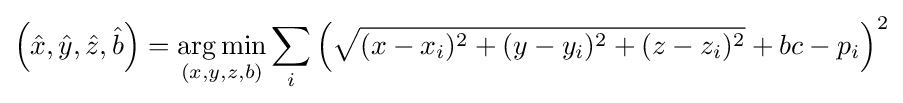
\left({\hat {x}},{\hat {y}},{\hat {z}},{\hat {b}}\right)={\underset {\left(x,y,z,b\right)}{\arg \min }}\sum _{i}\left({\sqrt {(x-x_{i})^{2}+(y-y_{i})^{2}+(z-z_{i})^{2}}}+bc-p_{i}\right)^{2}